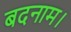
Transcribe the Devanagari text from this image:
बदनाम।